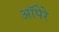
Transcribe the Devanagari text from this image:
ऑपेरे